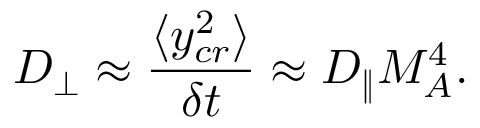
D _ { \bot } \approx \frac { \langle y _ { c r } ^ { 2 } \rangle } { \delta t } \approx D _ { \| } M _ { A } ^ { 4 } .